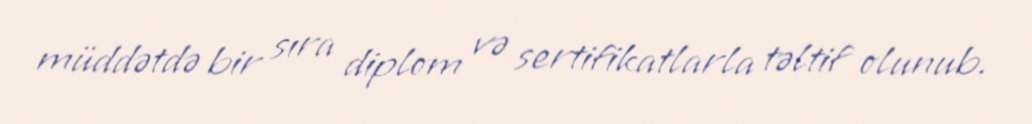
müddətdə bir sıra diplom və sertifikatlarla təltif olunub.